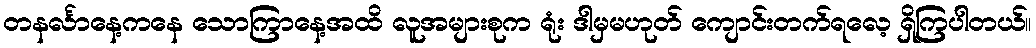
တနင်္လာနေ့ကနေ သောကြာနေ့အထိ လူအများစုက ရုံး ဒါမှမဟုတ် ကျောင်းတက်ရလေ့ ရှိကြပါတယ်။